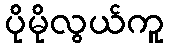
ပိုမိုလွယ်ကူ